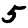
Digit: 5